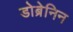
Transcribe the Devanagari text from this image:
डोब्रेनिन